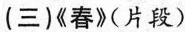
(三)《春》(片段)